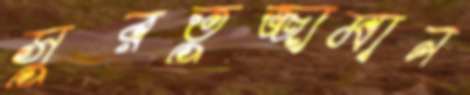
সুরতুজ্জামান